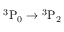
\mathrm { { } ^ { 3 } P _ { 0 } \rightarrow { } ^ { 3 } P _ { 2 } }